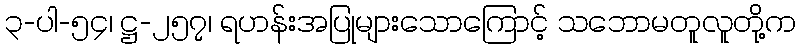
၃-ပါ-၅၄၊ ဋ္ဌ-၂၅၇၊ ရဟန်းအပြုများသောကြောင့် သဘောမတူလူတို့က